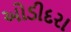
ઓડીદરા